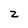
Character: z